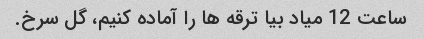
ساعت 12 میاد بیا ترقه ها را آماده کنیم، گل سرخ.